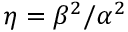
\eta = \beta ^ { 2 } / \alpha ^ { 2 }